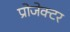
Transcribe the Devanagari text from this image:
प्रोजेक्‍टर